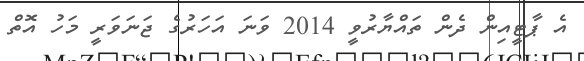
އެ ޕާޓީއިން ދެން ތައްޔާރުވީ 2014 ވަނަ އަހަރުގެ ޖަނަވަރީ މަހު އޮތް